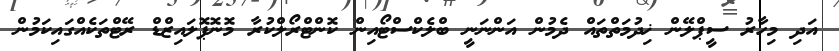
އަދި މިހާރު ސީޕްލޭން ޚިދުމަތްތައް ދެމުން އަންނަނީ ބްލެކްސްޓޯއިން ކޮންޓްރޯލްކުރާ މޮނޮޕޮލައިޒްޑް ރޭޓްތަކެއްގައިކަމުން